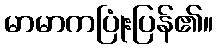
မာမာကပြုံးပြန်၏။